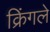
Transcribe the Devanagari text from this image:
क्रिंगले